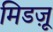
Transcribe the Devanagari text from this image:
मिडज़ू